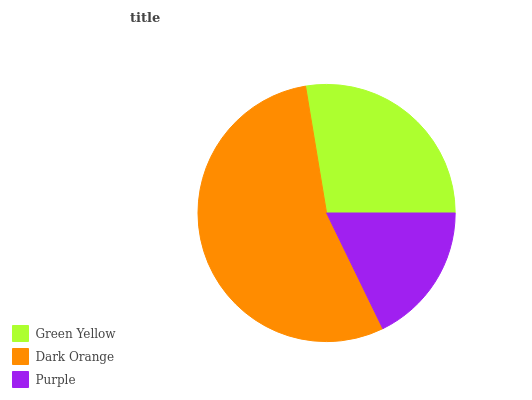
| Green Yellow | Dark Orange | Purple |
 | --- | --- | --- |
 | 27.5% | 54.6% | 17.8% |